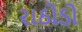
રાઠોડો